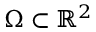
\Omega \subset { \mathbb { R } } ^ { 2 }